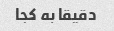
دقیقا به کجا